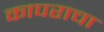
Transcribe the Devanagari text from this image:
कापराचा